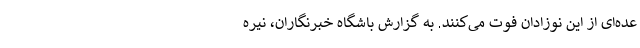
عده‌ای از این نوزادان فوت می‌کنند. به گزارش باشگاه خبرنگاران، نیره